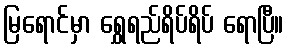
မြရောင်မှာ ရွှေရည်ရိပ်ရိပ် ရောပြီ။